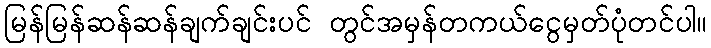
မြန်မြန်ဆန်ဆန်ချက်ချင်းပင် တွင်အမှန်တကယ်ငွေမှတ်ပုံတင်ပါ။